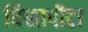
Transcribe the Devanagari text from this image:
घिसापीटा